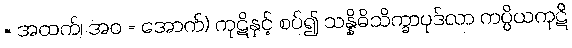
= အထက်၊ အဝ = အောက်) ကုဋိနှင့် စပ်၍ သန္နိဓိသိက္ခာပုဒ်လာ ကပ္ပိယကုဋိ